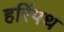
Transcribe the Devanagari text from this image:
हरिंपथ